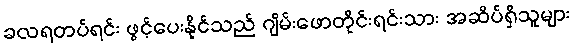
ခလရတပ်ရင်း ဖွင့်ပေးနိုင်သည် ဂျိမ်းဖောတိုင်းရင်းသား အဆိပ်ရှိသူများ